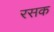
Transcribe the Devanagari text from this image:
रसक